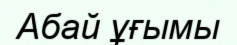
Абай ұғымы